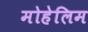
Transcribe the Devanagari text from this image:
मोहेलिम